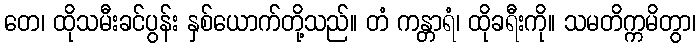
တေ၊ ထိုသမီးခင်ပွန်း နှစ်ယောက်တို့သည်။ တံ ကန္တာရံ၊ ထိုခရီးကို။ သမတိက္ကမိတွာ၊